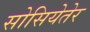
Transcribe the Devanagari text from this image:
सोसियेतेर